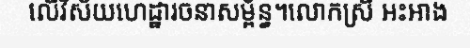
លើវិស័យហេដ្ឋារចនាសម្ព័ន្ធ។លោកស្រី អះអាង